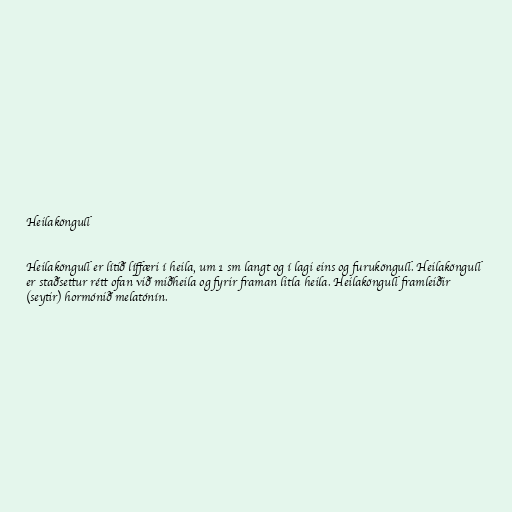
Heilaköngull

Heilaköngull er lítið líffæri í heila, um 1 sm langt og í lagi eins og furuköngull. Heilaköngull
er staðsettur rétt ofan við miðheila og fyrir framan litla heila. Heilaköngull framleiðir
(seytir) hormónið melatónín.